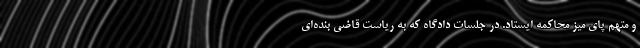
و متهم پای میز محاکمه ایستاد. در جلسات دادگاه که به ریاست قاضی بنده‌ای